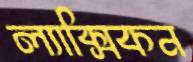
ল্যাক্সিকন